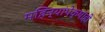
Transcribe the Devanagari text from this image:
महिन्यांपेक्षाही